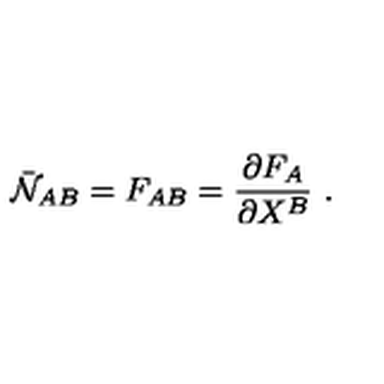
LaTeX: \bar { \cal N } _ { A B } = F _ { A B } = \frac { \partial F _ { A } } { \partial X ^ { B } } \ .